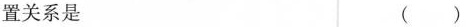
置关系是 ( )